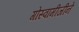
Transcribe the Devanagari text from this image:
गोस्वामीजीने